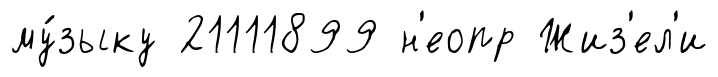
му́зыку 21111899 н'еопр Жиз'ел'и